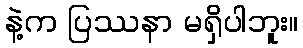
နဲ့က ပြဿနာ မရှိပါဘူး။